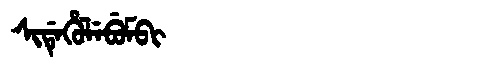
Manchu: ᠰᡳᡩᡝᡥᡠᠯᡝᠪᡠᠮᠪᡳ
Romanization: SIDEHULEBUMBI